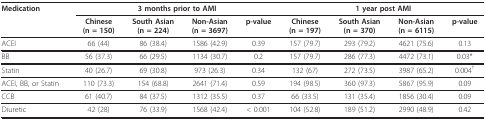
<table><thead><tr><td><b>Medication</b></td><td colspan="4"><b>3 months prior to AMI</b></td><td colspan="4"><b>1 year post AMI</b></td></tr><tr><td></td><td><b>Chinese(n = 150)</b></td><td><b>South Asian(n = 224)</b></td><td><b>Non-Asian(n = 3697)</b></td><td><b>p-value</b></td><td><b>Chinese(n = 197)</b></td><td><b>South Asian(n = 370)</b></td><td><b>Non-Asian(n = 6115)</b></td><td><b>p-value</b></td></tr></thead><tbody><tr><td>ACEI</td><td>66 (44)</td><td>86 (38.4)</td><td>1586 (42.9)</td><td>0.39</td><td>157 (79.7)</td><td>293 (79.2)</td><td>4621 (75.6)</td><td>0.13</td></tr><tr><td>BB</td><td>56 (37.3)</td><td>66 (29.5)</td><td>1134 (30.7)</td><td>0.2</td><td>157 (79.7)</td><td>286 (77.3)</td><td>4472 (73.1)</td><td>0.03*</td></tr><tr><td>Statin</td><td>40 (26.7)</td><td>69 (30.8)</td><td>973 (26.3)</td><td>0.34</td><td>132 (67)</td><td>272 (73.5)</td><td>3987 (65.2)</td><td>0.004<sup>†</sup></td></tr><tr><td>ACEI, BB, or Statin</td><td>110 (73.3)</td><td>154 (68.8)</td><td>2641 (71.4)</td><td>0.59</td><td>194 (98.5)</td><td>360 (97.3)</td><td>5867 (95.9)</td><td>0.09</td></tr><tr><td>CCB</td><td>61 (40.7)</td><td>84 (37.5)</td><td>1312 (35.5)</td><td>0.37</td><td>66 (33.5)</td><td>131 (35.4)</td><td>1856 (30.4)</td><td>0.09</td></tr><tr><td>Diuretic</td><td>42 (28)</td><td>76 (33.9)</td><td>1568 (42.4)</td><td>&lt; 0.001</td><td>104 (52.8)</td><td>189 (51.2)</td><td>2990 (48.9)</td><td>0.42</td></tr></tbody></table>